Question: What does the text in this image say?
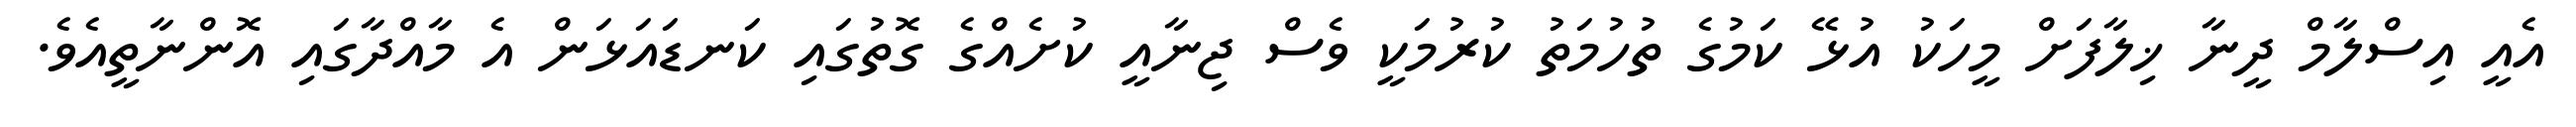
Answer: އެއީ އިސްލާމް ދީނާ ޚިލާފަށް މީހަކު އުޅޭ ކަމުގެ ތުހުމަތު ކުރުމަކީ ވެސް ޖިނާއީ ކުށެއްގެ ގޮތުގައި ކަނޑައަޅަން އެ މާއްދާގައި އޮންނާތީއެވެ.